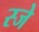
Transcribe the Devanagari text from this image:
स्जे